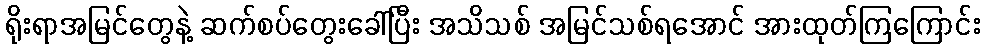
ရိုးရာအမြင်တွေနဲ့ ဆက်စပ်တွေးခေါ်ပြီး အသိသစ် အမြင်သစ်ရအောင် အားထုတ်ကြကြောင်း